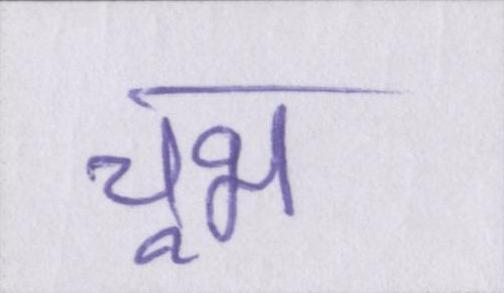
चूभ